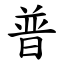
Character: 普